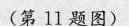
(第11题图)